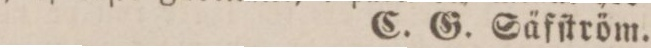
C. G. Säfſtröm.